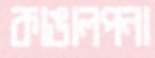
কাঙালপনা